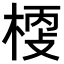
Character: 𣖀